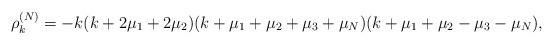
LaTeX: \begin{align*} \rho_k^{(N)}=-k(k+2\mu_1+2\mu_2)(k+\mu_1+\mu_2+\mu_3+\mu_N)(k+\mu_1+\mu_2-\mu_3-\mu_{N}),\end{align*}